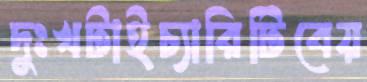
দুঃখটাইচ্যারিটিবেয়